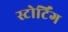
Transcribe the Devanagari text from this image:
स्टोर्टिंग